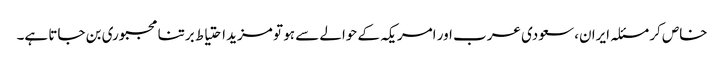
خاص کر مسئلہ ایران، سعودی عرب اور امریکہ کے حوالے سے ہو تو مزید احتیاط برتنا مجبوری بن جاتا ہے۔